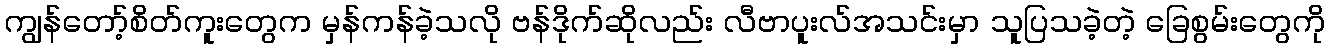
ကျွန်တော့်စိတ်ကူးတွေက မှန်ကန်ခဲ့သလို ဗန်ဒိုက်ဆိုလည်း လီဗာပူးလ်အသင်းမှာ သူပြသခဲ့တဲ့ ခြေစွမ်းတွေကို